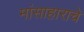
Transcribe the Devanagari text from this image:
मांसाहाराचे